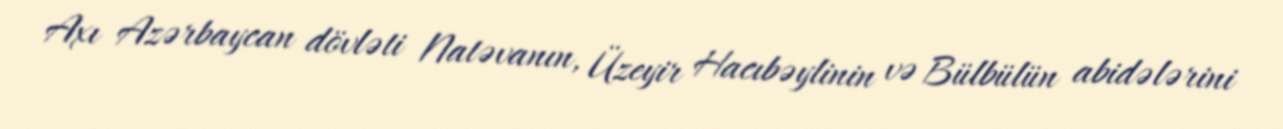
Axı Azərbaycan dövləti Natəvanın, Üzeyir Hacıbəylinin və Bülbülün abidələrini